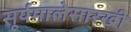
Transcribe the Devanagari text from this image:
सूर्यमालेसारखी